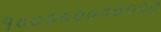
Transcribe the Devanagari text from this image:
१०००००००००००